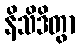
နိသိဒိတွာ